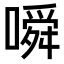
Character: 𫫰